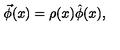
\vec { \phi } ( x ) = \rho ( x ) \hat { \phi } ( x ) ,